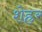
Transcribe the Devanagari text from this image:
शेह्रर